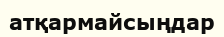
атқармайсыңдар